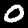
Label: 0